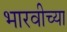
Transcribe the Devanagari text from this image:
भारवीच्या